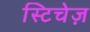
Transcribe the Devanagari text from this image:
स्टिचेज़